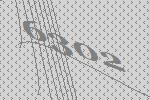
6302